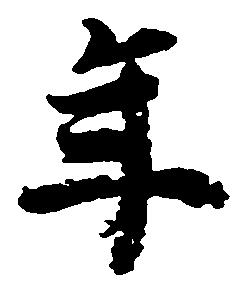
年